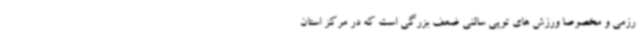
رزمی و مخصوصا ورزش های توپی سالنی ضعف بزرگی است که در مرکز استان